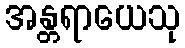
အန္တရာယေသု